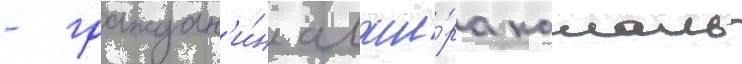
- граждан'и́н алжи́ра камаль